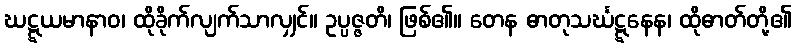
ဃဋ္ဋယမာနာဝ၊ ထိုခိုက်လျက်သာလျှင်။ ဥပ္ပဇ္ဇတိ၊ ဖြစ်၏။ တေန ဓာတုသင်္ဃဋ္ဋနေန၊ ထိုဓာတ်တို့၏